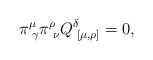
\begin{align*} \pi^\mu_{\,\,\gamma} \pi^\rho_{\,\,\nu} Q^\delta_{\,\,[\mu , \rho]} = 0 ,\end{align*}